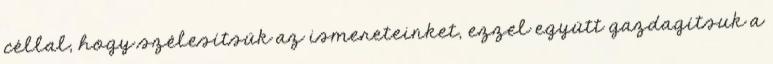
céllal, hogy szélesítsük az ismereteinket, ezzel együtt gazdagítsuk a